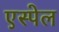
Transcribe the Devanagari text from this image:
एस्पेल